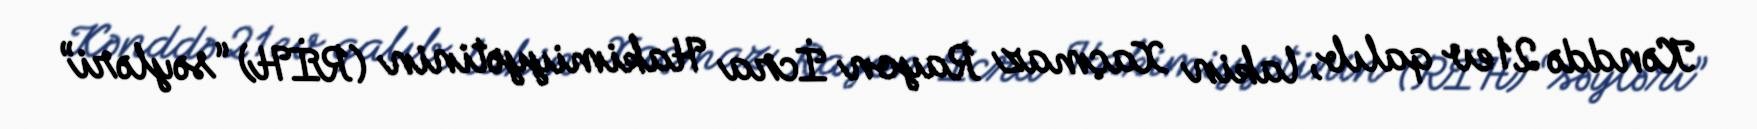
Kənddə 21 ev qalıb, lakin Xaçmaz Rayon İcra Hakimiyyətinin (RİH) “səyləri”